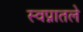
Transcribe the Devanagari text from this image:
स्वप्नातले